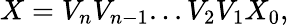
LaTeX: X=V_{n}V_{n-1}...V_{2}V_{1}X_{0},